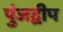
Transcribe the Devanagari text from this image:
पुंजद्वीप